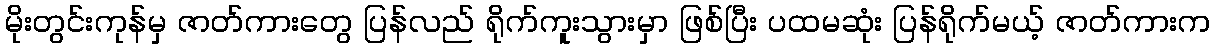
မိုးတွင်းကုန်မှ ဇာတ်ကားတွေ ပြန်လည် ရိုက်ကူးသွားမှာ ဖြစ်ပြီး ပထမဆုံး ပြန်ရိုက်မယ့် ဇာတ်ကားက